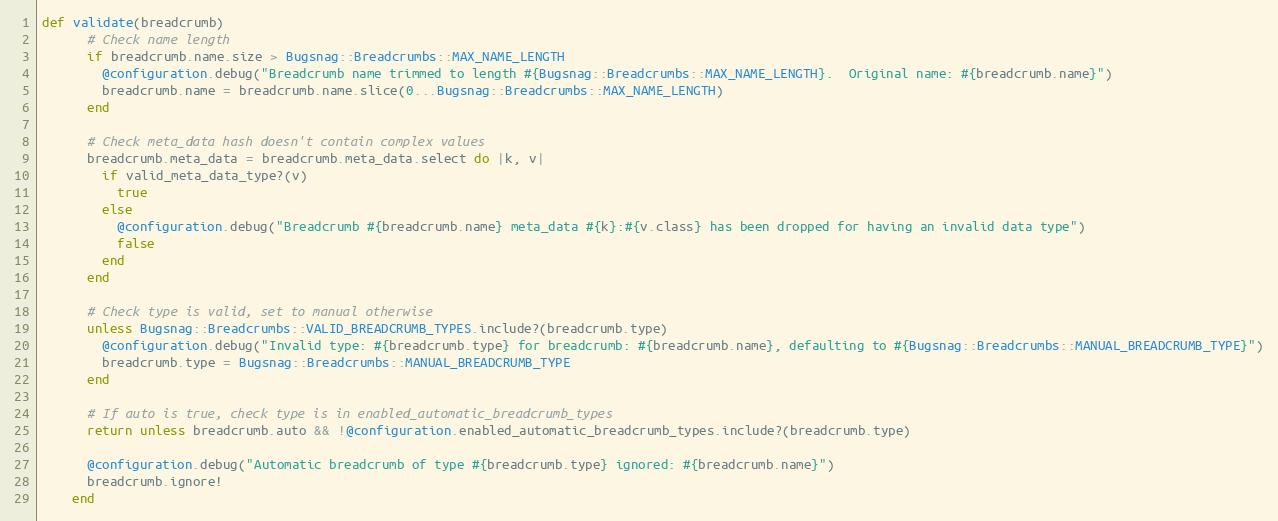
Language: Ruby
def validate(breadcrumb)
      # Check name length
      if breadcrumb.name.size > Bugsnag::Breadcrumbs::MAX_NAME_LENGTH
        @configuration.debug("Breadcrumb name trimmed to length #{Bugsnag::Breadcrumbs::MAX_NAME_LENGTH}.  Original name: #{breadcrumb.name}")
        breadcrumb.name = breadcrumb.name.slice(0...Bugsnag::Breadcrumbs::MAX_NAME_LENGTH)
      end

      # Check meta_data hash doesn't contain complex values
      breadcrumb.meta_data = breadcrumb.meta_data.select do |k, v|
        if valid_meta_data_type?(v)
          true
        else
          @configuration.debug("Breadcrumb #{breadcrumb.name} meta_data #{k}:#{v.class} has been dropped for having an invalid data type")
          false
        end
      end

      # Check type is valid, set to manual otherwise
      unless Bugsnag::Breadcrumbs::VALID_BREADCRUMB_TYPES.include?(breadcrumb.type)
        @configuration.debug("Invalid type: #{breadcrumb.type} for breadcrumb: #{breadcrumb.name}, defaulting to #{Bugsnag::Breadcrumbs::MANUAL_BREADCRUMB_TYPE}")
        breadcrumb.type = Bugsnag::Breadcrumbs::MANUAL_BREADCRUMB_TYPE
      end

      # If auto is true, check type is in enabled_automatic_breadcrumb_types
      return unless breadcrumb.auto && !@configuration.enabled_automatic_breadcrumb_types.include?(breadcrumb.type)

      @configuration.debug("Automatic breadcrumb of type #{breadcrumb.type} ignored: #{breadcrumb.name}")
      breadcrumb.ignore!
    end